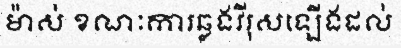
ម៉ាស់ ខណៈការឆ្លងវីរុសឡើងដល់